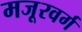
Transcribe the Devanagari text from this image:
मजूरवर्ग